Civil Veterinary Dept. Bombay admin report 1900-1906 - 1900-1906
Year: 1900
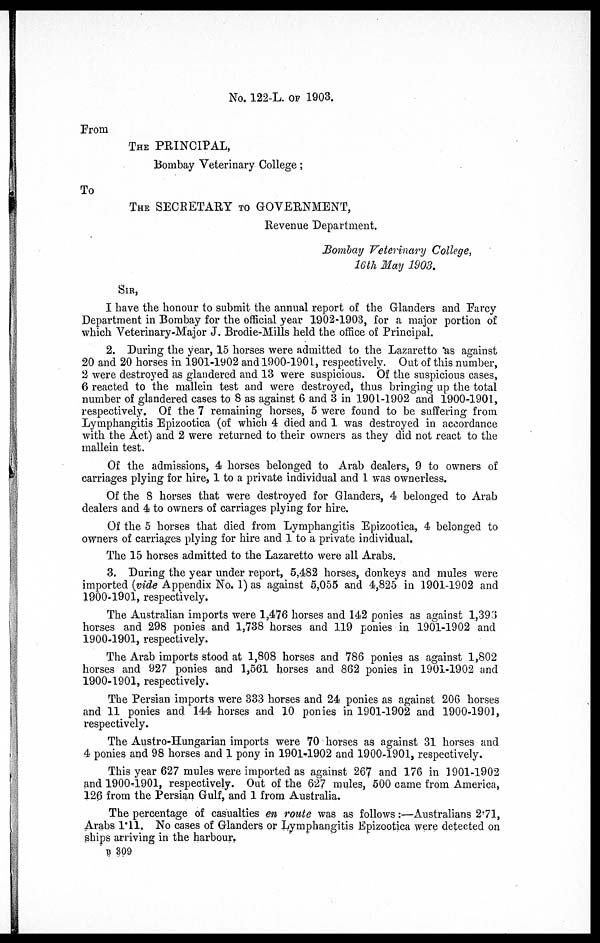
No. 122-L. OF 1903.
From
THE PRINCIPAL,
Bombay Veterinary College ;
To
THE SECRETARY TO GOVERNMENT,
Revenue Department.
Bombay Veterinary College,
16th May 1903.
SIR,
I have the honour to submit the annual report of the Glanders and Farcy
Department in Bombay for the official year 1902-1903, for a major portion of
which Veterinary-Major J. Brodie-Mills held the office of Principal.
2. During the year, 15 horses were admitted to the Lazaretto as against
20 and 20 horses in 1901-1902 and 1900-1901, respectively. Out of this number,
2 were destroyed as glandered and 13 were suspicious. Of the suspicious cases,
6 reacted to the mallein test and were destroyed, thus bringing up the total
number of glandered cases to 8 as against 6 and 3 in 1901-1902 and 1900-1901,
respectively. Of the 7 remaining horses, 5 were found to be suffering from
Lymphangitis Epizootica (of which 4 died and 1 was destroyed in accordance
with the Act) and 2 were returned to their owners as they did not react to the
mallein test.
Of the admissions, 4 horses belonged to Arab dealers, 9 to owners of
carriages plying for hire, 1 to a private individual and 1 was ownerless.
Of the 8 horses that were destroyed for Glanders, 4 belonged to Arab
dealers and 4 to owners of carriages plying for hire.
Of the 5 horses that died from Lymphangitis Epizootica, 4 belonged to
owners of carriages plying for hire and 1 to a private individual.
The 15 horses admitted to the Lazaretto were all Arabs.
3. During the year under report, 5,482 horses, donkeys and mules were
imported (vide Appendix No. 1) as against 5,055 and 4,825 in 1901-1902 and
1900-1901, respectively.
The Australian imports were 1,476 horses and 142 ponies as against 1,393
horses and 298 ponies and 1,738 horses and 119 ponies in 1901-1902 and
1900-1901, respectively.
The Arab imports stood at 1,808 horses and 786 ponies as against 1,802
horses and 927 ponies and 1,561 horses and 862 ponies in 1901-1902 and
1900-1901, respectively.
The Persian imports were 333 horses and 24 ponies as against 206 horses
and 11 ponies and 144 horses and 10 ponies in 1901-1902 and 1900-1901,
respectively.
The Austro-Hungarian imports were 70 horses as against 31 horses and
4 ponies and 98 horses and 1 pony in 1901-1902 and 1900-1901, respectively.
This year 627 mules were imported as against 267 and 176 in 1901-1902
and 1900-1901, respectively. Out of the 627 mules, 500 came from America,
126 from the Persian Gulf, and 1 from Australia.
The percentage of casualties en route was as follows :—Australians 271,
Arabs 1.11. No cases of Glanders or Lymphangitis Epizootica were detected on
ships arriving in the harbour.
B
309